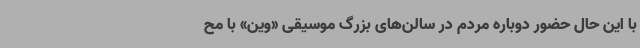
با این ‌حال حضور دوباره مردم در سالن‌های بزرگ موسیقی «‌وین» با مح